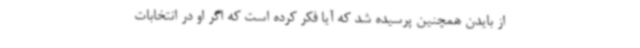
از بایدن همچنین پرسیده شد که آیا فکر کرده است که اگر او در انتخابات